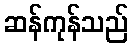
ဆန်ကုန်သည်